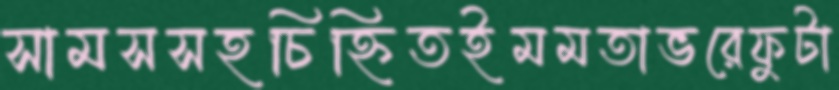
সামসসহচিহ্নিতইমমতাভরেফুটা